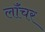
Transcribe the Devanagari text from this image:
लॉंचर